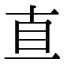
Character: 𥄂